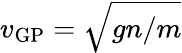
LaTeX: v_{\mathrm{GP}}=\sqrt{gn/m}